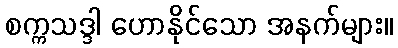
စက္ကသဒ္ဒါ ဟောနိုင်သော အနက်များ။